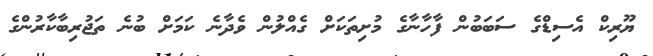
ޔޫރިކް އެސިޑްގެ ސަަބަބުން ފާހާނާގެ މުށިތަކަށް ގެއްލުން ވެދާނެ ކަމަށް ބުނެ ތަޖުރިބާކާރުންގެ